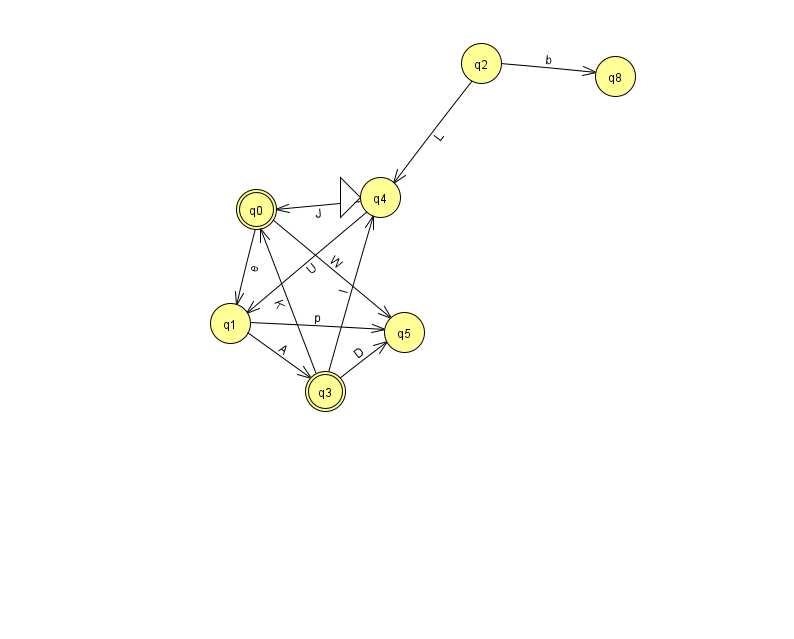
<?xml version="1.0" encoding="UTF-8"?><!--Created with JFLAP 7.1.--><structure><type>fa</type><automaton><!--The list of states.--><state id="0" name="q0"><x>256.0</x><y>196.0</y><final/></state><state id="1" name="q1"><x>230.0</x><y>310.0</y></state><state id="2" name="q2"><x>481.0</x><y>50.0</y></state><state id="3" name="q3"><x>325.0</x><y>378.0</y><final/></state><state id="4" name="q4"><x>380.0</x><y>184.0</y><initial/></state><state id="5" name="q5"><x>404.0</x><y>319.0</y></state><state id="8" name="q8"><x>615.0</x><y>63.0</y></state><!--The list of transitions.--><transition><from>3</from><to>0</to><read>K</read></transition><transition><from>1</from><to>5</to><read>p</read></transition><transition><from>4</from><to>0</to><read>J</read></transition><transition><from>2</from><to>4</to><read>L</read></transition><transition><from>0</from><to>1</to><read>e</read></transition><transition><from>0</from><to>5</to><read>W</read></transition><transition><from>2</from><to>8</to><read>b</read></transition><transition><from>1</from><to>3</to><read>A</read></transition><transition><from>3</from><to>4</to><read>I</read></transition><transition><from>3</from><to>5</to><read>D</read></transition><transition><from>4</from><to>1</to><read>U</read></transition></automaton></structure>